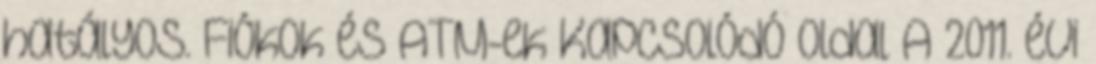
hatályos. Fiókok és ATM-ek Kapcsolódó oldal A 2011. évi